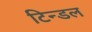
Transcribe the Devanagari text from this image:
टिन्डल